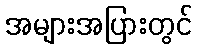
အများအပြားတွင်